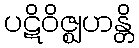
ပဋိဝိဇ္ဈဟန္တိ